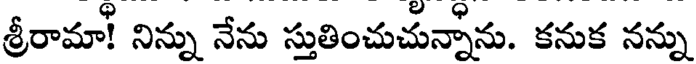
శ్రీరామా! నిన్ను నేను స్తుతించుచున్నాను. కనుక నన్ను